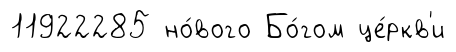
11922285 но́вого Бо́гом це́ркв'и